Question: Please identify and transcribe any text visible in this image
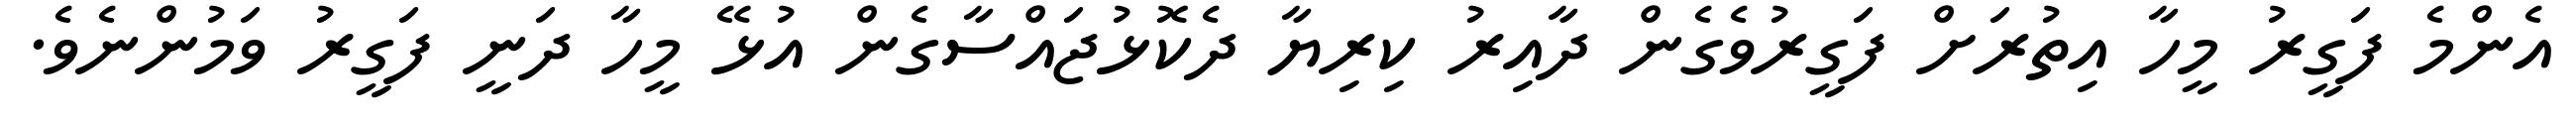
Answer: އެންމެ ފަގީރު މީހާ އިތުރަށް ފަގީރުވެގެން ދާއިރު ކިރިޔާ ދެކޮޅުޖައްސާގެން އުޅޭ މީހާ ދަނީ ފަގީރު ވަމުންނެވެ.